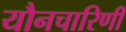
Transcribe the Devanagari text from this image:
यौनचारिणी